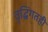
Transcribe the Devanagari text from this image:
वृद्धिंगतही